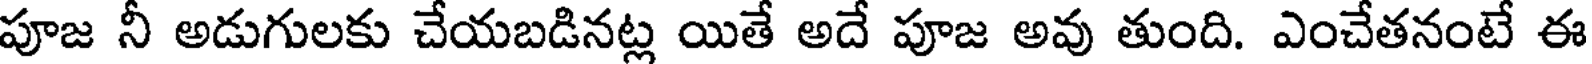
పూజ నీ అడుగులకు చేయబడినట్ల యితే అదే పూజ అవు తుంది. ఎంచేతనంటే ఈ